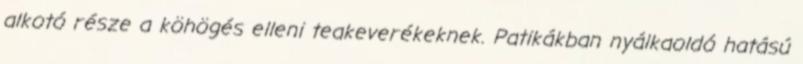
alkotó része a köhögés elleni teakeverékeknek. Patikákban nyálkaoldó hatású